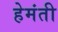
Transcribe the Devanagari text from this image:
हेमंती